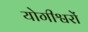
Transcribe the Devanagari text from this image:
योगीश्वरों